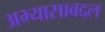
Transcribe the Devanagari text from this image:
अभ्यासाबद्दल